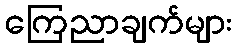
ကြေညာချက်များ